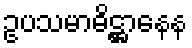
ဥပသမာဓိဋ္ဌာနေန